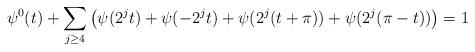
LaTeX: \begin{align*} \psi^0(t)+ \sum_{j\ge 4} \big( \psi(2^j t)+ \psi(-2^j t) +\psi(2^j(t+\pi))+\psi(2^j(\pi-t))\big)=1\end{align*}